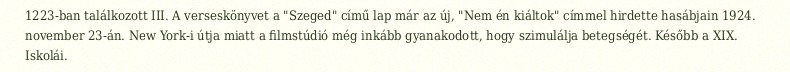
1223-ban találkozott III. A verseskönyvet a "Szeged" című lap már az új, "Nem én kiáltok" címmel hirdette hasábjain 1924. november 23-án. New York-i útja miatt a filmstúdió még inkább gyanakodott, hogy szimulálja betegségét. Később a XIX. Iskolái.